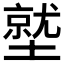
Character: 𱘁